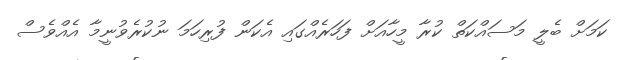
ކަމަށް ބެލީ މަސައްކަތް ކުރާ މީހާއަށް ފަހަރެއްގައި އެކަން ފުރިހަމަ ނުކުރެވުނީމާ އެއްވެސް